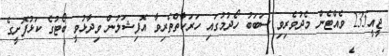
ޖީއީ235 ވެއްޓެން މެދުވެރިވި ސަބަބު ހޯދުމުގައި ހަރަކާތްތެރިވާ އޮފިޝަލުން ވިދާޅުވީ ބޯޓުގެ ކަޅުފޮށީގެ